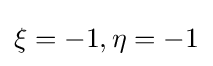
\xi =-1,\eta =-1